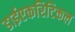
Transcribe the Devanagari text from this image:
डाईएकरिटिकल